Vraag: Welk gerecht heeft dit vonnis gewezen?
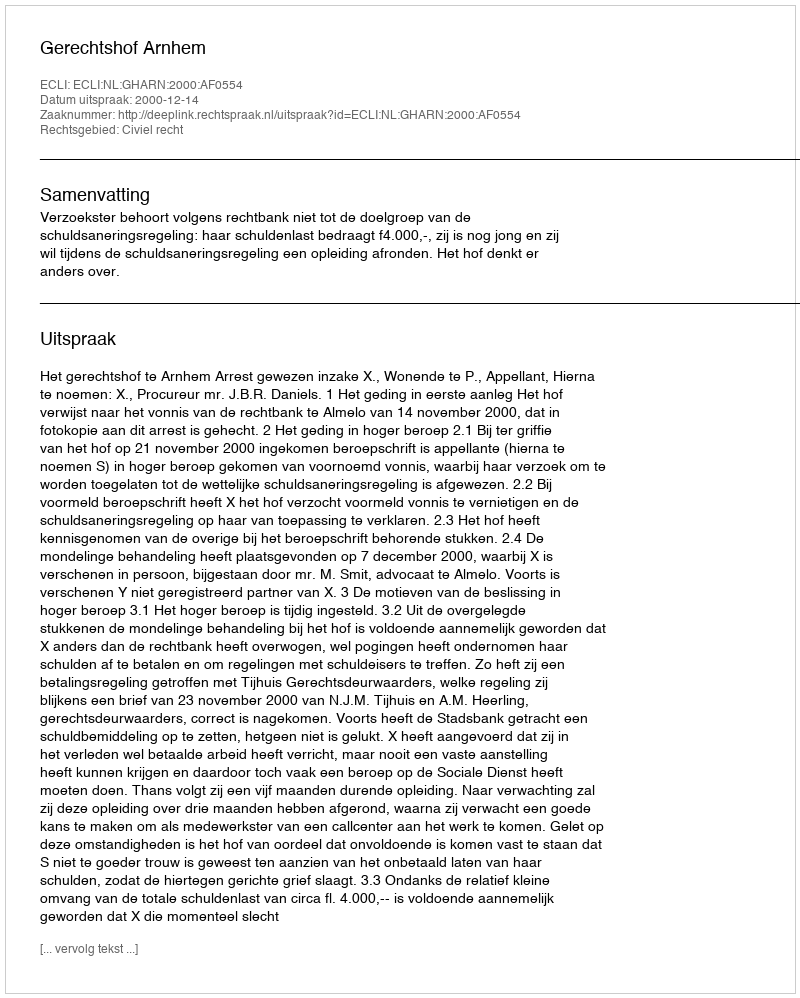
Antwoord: Gerechtshof Arnhem